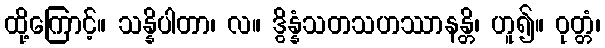
ထို့ကြောင့်။ သန္နိပါတာ၊ လ။ ဒွိန္နံသတသဟဿာနန္တိ၊ ဟူ၍။ ဝုတ္တံ၊